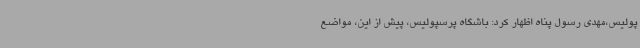
پولیس،مهدی رسول پناه اظهار کرد: باشگاه پرسپولیس، پیش از این، مواضع